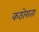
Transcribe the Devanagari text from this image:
कठोराता